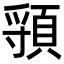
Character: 頱